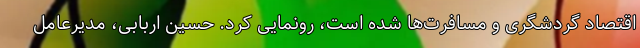
اقتصاد گردشگری و مسافرت‌ها شده است، رونمایی کرد. حسین اربابی، مدیرعامل